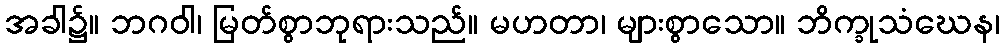
အခါ၌။ ဘဂဝါ၊ မြတ်စွာဘုရားသည်။ မဟတာ၊ များစွာသော။ ဘိက္ခုသံဃေန၊